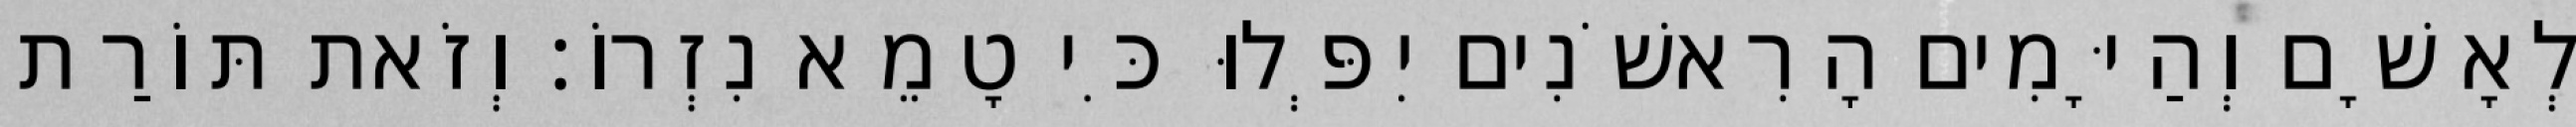
לְאָשָׁם וְהַיָּמִים הָרִאשֹׁנִים יִפְּלוּ כִּי טָמֵא נִזְרוֹ׃ וְזֹאת תּוֹרַת